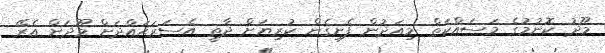
މޫދު ކޮނުމުގެ މަސައްކަތް މިއަދުން ފެށިގެން ކުރިޔަށް ދާތީ އެސަރަޙައްދަށް މޫދަށް އެރޭ